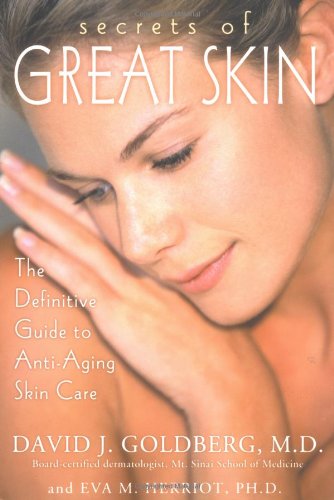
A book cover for Secrets of Great Skin: The Definitive Guide to Anti-Aging Skin Care; David J. Goldberg; Health, Fitness & Dieting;